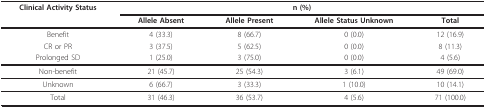
<table><thead><tr><td><b>Clinical Activity Status</b></td><td colspan="4"><b>n (%)</b></td></tr><tr><td></td><td><b>Allele Absent</b></td><td><b>Allele Present</b></td><td><b>Allele Status Unknown</b></td><td><b>Total</b></td></tr></thead><tbody><tr><td>Benefit</td><td>4 (33.3)</td><td>8 (66.7)</td><td>0 (0.0)</td><td>12 (16.9)</td></tr><tr><td>CR or PR</td><td>3 (37.5)</td><td>5 (62.5)</td><td>0 (0.0)</td><td>8 (11.3)</td></tr><tr><td>Prolonged SD</td><td>1 (25.0)</td><td>3 (75.0)</td><td>0 (0.0)</td><td>4 (5.6)</td></tr><tr><td>Non-benefit</td><td>21 (45.7)</td><td>25 (54.3)</td><td>3 (6.1)</td><td>49 (69.0)</td></tr><tr><td>Unknown</td><td>6 (66.7)</td><td>3 (33.3)</td><td>1 (10.0)</td><td>10 (14.1)</td></tr><tr><td>Total</td><td>31 (46.3)</td><td>36 (53.7)</td><td>4 (5.6)</td><td>71 (100.0)</td></tr></tbody></table>